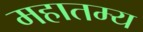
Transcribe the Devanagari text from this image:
महातम्य